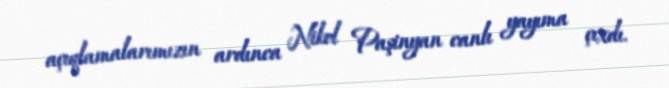
açıqlamalarımızın ardınca Nikol Paşinyan canlı yayıma çıxdı.